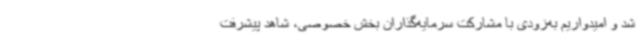
شد و امیدواریم به‌زودی با مشارکت سرمایه‌گذاران بخش خصوصی، شاهد پیشرفت